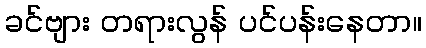
ခင်ဗျား တရားလွန် ပင်ပန်းနေတာ။